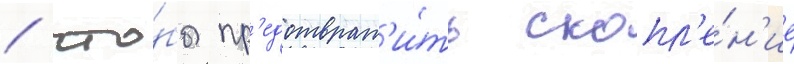
/ что́бы пр'едотврат'и́ть скопл'е́н'ие